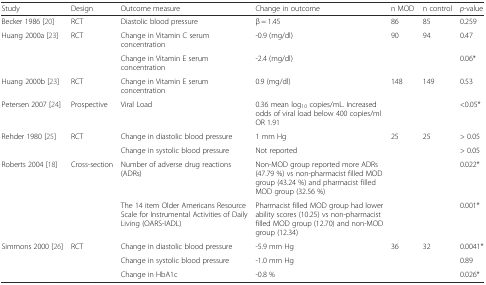
| Study | Design | Outcome measure | Change in outcome | n MOD | n control | p-value |
 | --- | --- | --- | --- | --- | --- | --- |
 | Becker 1986 [20] | RCT | Diastolic blood pressure | β = 1.45 | 86 | 85 | 0.259 |
 | <ROWSPAN=2> Huang 2000a [23] | <ROWSPAN=2> RCT | Change in Vitamin C serum concentration | -0.9 (mg/dl) | 90 | 94 | 0.47 |
 | Change in Vitamin E serum concentration | -2.4 (mg/dl) |  |  | 0.06* |
 | Huang 2000b [23] | RCT | Change in Vitamin E serum concentration | 0.9 (mg/dl) | 148 | 149 | 0.53 |
 | Petersen 2007 [24] | Prospective | Viral Load | 0.36 mean log10 copies/mL. Increased odds of viral load below 400 copies/ml OR 1.91 |  |  | <0.05* |
 | <ROWSPAN=2> Rehder 1980 [25] | <ROWSPAN=2> RCT | Change in diastolic blood pressure | 1 mm Hg | 25 | 25 | > 0.05 |
 | Change in systolic blood pressure | Not reported |  |  | > 0.05 |
 | <ROWSPAN=2> Roberts 2004 [18] | <ROWSPAN=2> Cross-section | Number of adverse drug reactions (ADRs) | Non-MOD group reported more ADRs (47.79 %) vs non-pharmacist filled MOD group (43.24 %) and pharmacist filled MOD group (32.56 %) |  |  | 0.022* |
 | The 14 item Older Americans Resource Scale for Instrumental Activities of Daily Living (OARS-IADL) | Pharmacist filled MOD group had lower ability scores (10.25) vs non-pharmacist filled MOD group (12.70) and non-MOD group (12.34) |  |  | 0.001* |
 | <ROWSPAN=3> Simmons 2000 [26] | <ROWSPAN=3> RCT | Change in diastolic blood pressure | -5.9 mm Hg | 36 | 32 | 0.0041* |
 | Change in systolic blood pressure | -1.0 mm Hg |  |  | 0.89 |
 | Change in HbA1c | -0.8 % |  |  | 0.026* |